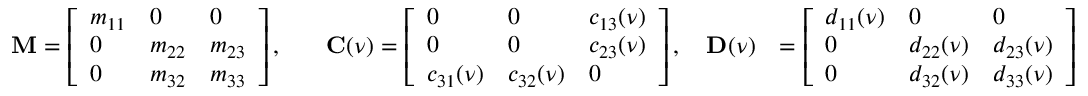
\begin{array} { r l r } { \mathbf { M } = \left[ \begin{array} { l l l } { m _ { 1 1 } } & { 0 } & { 0 } \\ { 0 } & { m _ { 2 2 } } & { m _ { 2 3 } } \\ { 0 } & { m _ { 3 2 } } & { m _ { 3 3 } } \end{array} \right] , } & { \quad \mathbf { C } ( \boldsymbol { \nu } ) = \left[ \begin{array} { l l l } { 0 } & { 0 } & { c _ { 1 3 } ( \boldsymbol { \nu } ) } \\ { 0 } & { 0 } & { c _ { 2 3 } ( \boldsymbol { \nu } ) } \\ { c _ { 3 1 } ( \boldsymbol { \nu } ) } & { c _ { 3 2 } ( \boldsymbol { \nu } ) } & { 0 } \end{array} \right] , \quad \mathbf { D } ( \boldsymbol { \nu } ) } & { = \left[ \begin{array} { l l l } { d _ { 1 1 } ( \boldsymbol { \nu } ) } & { 0 } & { 0 } \\ { 0 } & { d _ { 2 2 } ( \boldsymbol { \nu } ) } & { d _ { 2 3 } ( \boldsymbol { \nu } ) } \\ { 0 } & { d _ { 3 2 } ( \boldsymbol { \nu } ) } & { d _ { 3 3 } ( \boldsymbol { \nu } ) } \end{array} \right] } \end{array}